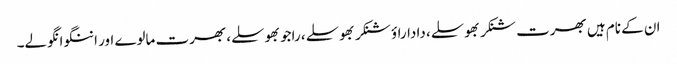
ان کے نام ہیں بھرت شنکر بھوسلے، داداراؤ شنکر بھوسلے، راجو بھوسلے، بھرت مالوے اور اننگو انگولے۔